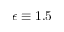
\epsilon \equiv 1 . 5